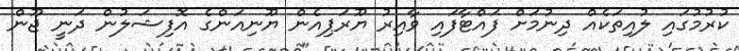
ކުރުމުގައި ލުއިތަކެއް ދިނުމަށް ފައްޓާފައި ވާއިރު ޔޫރަޕިއެން ޔޫނިއަންގެ އޮފިޝަލުން ދަނީ ޖޫން